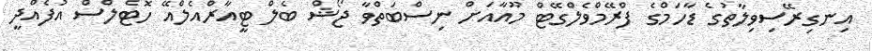
އިނގިރޭސިވިލާތުގެ ޑާހަމްގެ ފްރޭމްވެލްގޭޓް މޫއާއަށް ނިސްބަތްވާ ޖޯޝް ބެލް ޓީއާރްއެލްއޭ ހޮޓެލްސް އުފެއްދީ